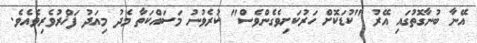
އޭނާ ބުނާގޮތުގައި އޭރު "ކުޑަކޮށް ހަރުކަށިވެގެންވެސް" ކުރެވުނު މަސައްކަތާ މެދު މިއަދު ފަޚްރުވެރިވެއެވެ.